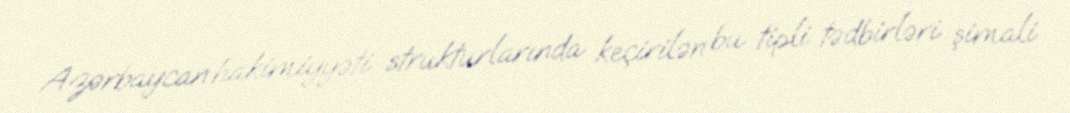
Azərbaycan hakimiyyəti strukturlarında keçirilən bu tipli tədbirləri şimali